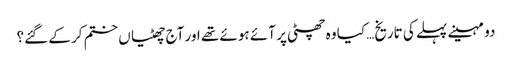
دو مہینے پہلے کی تاریخ… کیا وہ چھٹی پر آئے ہوئے تھے اور آج چھٹیاں ختم کر کے گئے؟